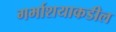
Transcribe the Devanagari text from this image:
गर्भाशयाकडील